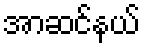
အာဆင်နယ်